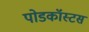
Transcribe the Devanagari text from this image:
पोडकॉस्टस